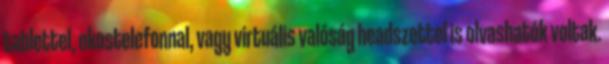
tablettel, okostelefonnal, vagy virtuális valóság headszettel is olvashatók voltak.